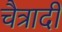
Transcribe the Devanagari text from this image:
चैत्रादी